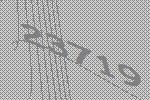
23719